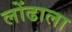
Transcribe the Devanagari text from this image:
लोंढाला